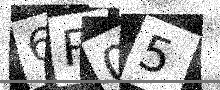
Text: 6P05